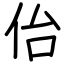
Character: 佁